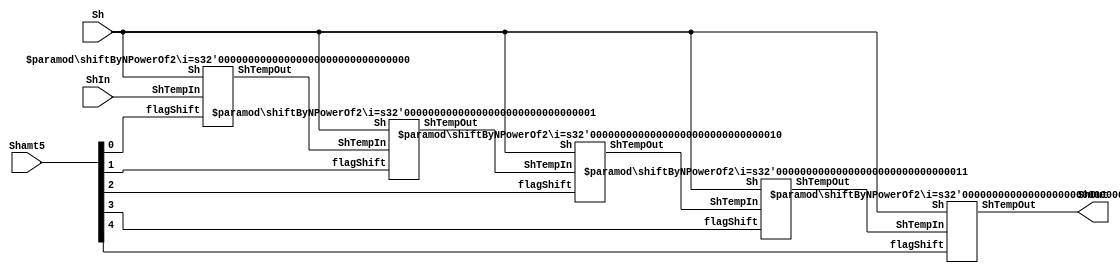
`timescale 1ns / 1ps
/*
----------------------------------------------------------------------------------
-- Company: NUS	
-- Engineer: (c) Shahzor Ahmad and Rajesh Panicker
-- 
-- Create Date: 09/23/2015 06:49:10 PM
-- Module Name: Shifter
-- Project Name: CG3207 Project
-- Target Devices: Nexys 4 (Artix 7 100T)
-- Tool Versions: Vivado 2015.2
-- Description: Shifter Module
-- 
-- Dependencies: NIL
-- 
-- Revision:
-- Revision 0.01 - File Created
-- Additional Comments:
-- 
----------------------------------------------------------------------------------

----------------------------------------------------------------------------------
--	License terms :
--	You are free to use this code as long as you
--		(i) DO NOT post it on any public repository;
--		(ii) use it only for educational purposes;
--		(iii) accept the responsibility to ensure that your implementation does not violate any intellectual property of ARM Holdings or other entities.
--		(iv) accept that the program is provided "as is" without warranty of any kind or assurance regarding its suitability for any particular purpose;
--		(v)	acknowledge that the program was written based on the microarchitecture described in the book Digital Design and Computer Architecture, ARM Edition by Harris and Harris;
--		(vi) send an email to rajesh.panicker@ieee.org briefly mentioning its use (except when used for the course CG3207 at the National University of Singapore);
--		(vii) retain this notice in this file or any files derived from this.
----------------------------------------------------------------------------------
*/

module Shifter(
    input [1:0] Sh,
    input [4:0] Shamt5,
    input [31:0] ShIn,
    output [31:0] ShOut
    );
      
    wire [31:0] ShTemp0 ;
    wire [31:0] ShTemp1 ;
    wire [31:0] ShTemp2 ;
    wire [31:0] ShTemp3 ;
    wire [31:0] ShTemp4 ;
                    
    assign ShTemp0 = ShIn ;
    shiftByNPowerOf2#(0) shiftBy0PowerOf2( Sh, Shamt5[0], ShTemp0, ShTemp1 ) ;
    shiftByNPowerOf2#(1) shiftBy1PowerOf2( Sh, Shamt5[1], ShTemp1, ShTemp2 ) ;
    shiftByNPowerOf2#(2) shiftBy2PowerOf2( Sh, Shamt5[2], ShTemp2, ShTemp3 ) ;
    shiftByNPowerOf2#(3) shiftBy3PowerOf2( Sh, Shamt5[3], ShTemp3, ShTemp4 ) ;
    shiftByNPowerOf2#(4) shiftBy4PowerOf2( Sh, Shamt5[4], ShTemp4, ShOut ) ;

	
endmodule


module shiftByNPowerOf2
//module Shifter
    #(parameter i = 0) // exponent
    (   
        input [1:0] Sh,
        input flagShift,
        input [31:0] ShTempIn,
        output reg [31:0] ShTempOut
    ) ;
    
    always@(Sh, ShTempIn, flagShift) begin
        if(flagShift)
            case(Sh)
                2'b00: ShTempOut <= { ShTempIn[31-2**i:0], {2**i{1'b0}} } ;      // LSL
                2'b01: ShTempOut <= { {2**i{1'b0}}, ShTempIn[31:2**i] } ;        // LSR    
                2'b10: ShTempOut <= { {2**i{ShTempIn[31]}}, ShTempIn[31:2**i] } ;   // ASR   
                2'b11: ShTempOut <= { ShTempIn[2**i-1:0], ShTempIn[31:2**i] } ;  // ROR
            endcase   
        else
            ShTempOut <= ShTempIn ;
    end
    
endmodule